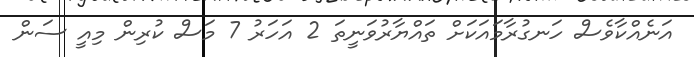
އަނެއްކާވެސް ހަނގުރާމައަކަށް ތައްޔާރުވަނީތަ 2 އަހަރު 7 މަސް ކުރިން މިއީ ސަން